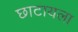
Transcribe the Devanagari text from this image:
छाटायला